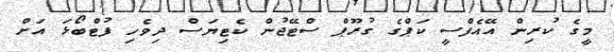
މީގެ ކުރިން އޭއެފްސީ ކަޕްގެ ގުރޫޕް ސްޓޭޖުން ކެޓިޔަސް ދިވެހި ފުޓްބޯޅަ އަށް